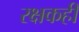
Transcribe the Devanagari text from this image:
रक्षकही